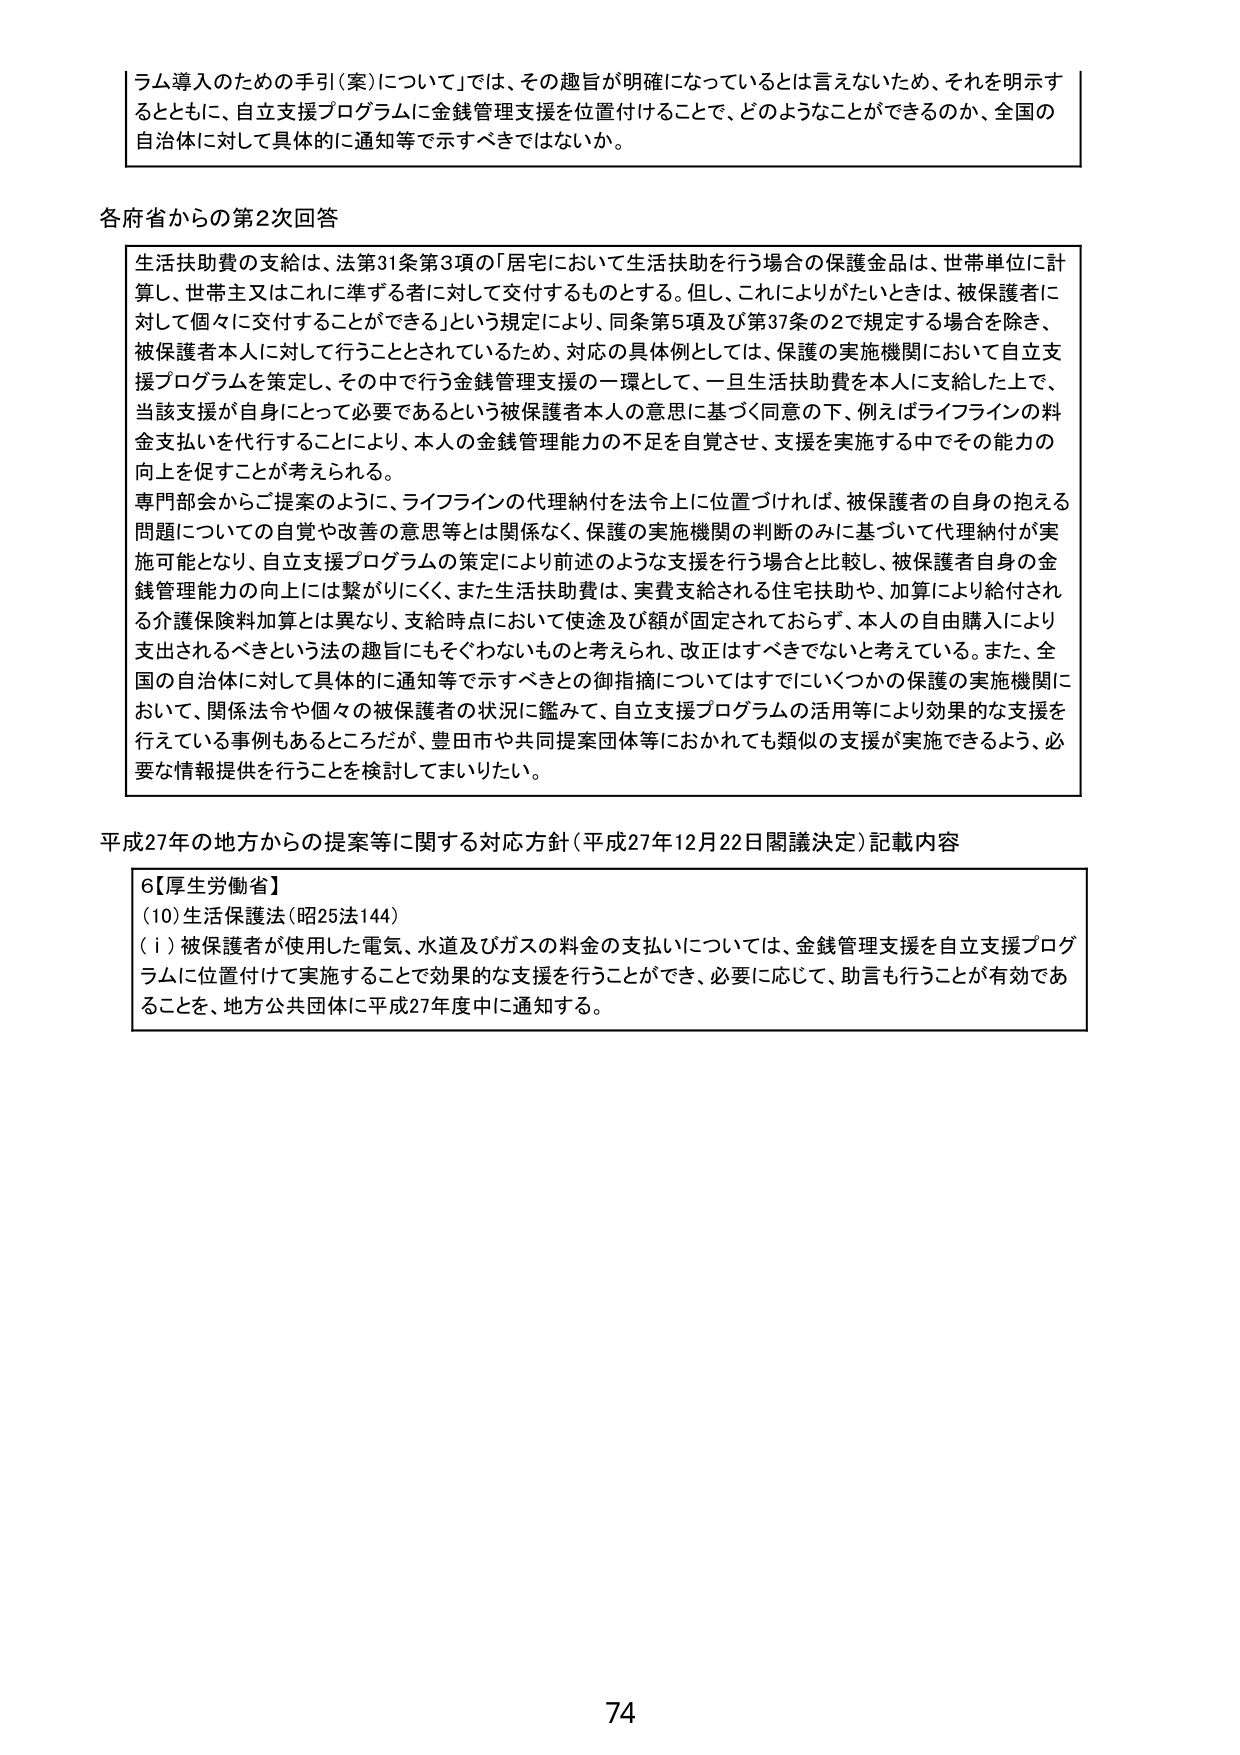
ラム導入のための手引（案）について」では、その趣旨が明確になっているとは言えないため、それを明示するとともに、自立支援プログラムに金銭管理支援を位置付けることで、どのようなことができるのか、全国の自治体に対して具体的に通知等で示すべきではないか。

各府省からの第2次回答

生活扶助費の支給は、法第31条第3項の「居宅において生活扶助を行う場合の保護金品は、世帯単位に計算し、世帯主又はこれに準ずる者に対して交付するものとする。但し、これによりがたいときは、被保護者に対して個々に交付することができる」という規定により、同条第5項及び第37条の2で規定する場合を除き、被保護者本人に対して行うこととされているため、対応の具体例としては、保護の実施機関において自立支援プログラムを策定し、その中で行う金銭管理支援の一環として、一旦生活扶助費を本人に支給した上で、当該支援が自身にとって必要であるという被保護者本人の意思に基づく同意の下、例えばライフラインの料金支払いを代行することにより、本人の金銭管理能力の不足を自覚させ、支援を実施する中でその能力の向上を促すことが考えられる。

専門部会からご提案のように、ライフラインの代理納付を法令上に位置づければ、被保護者の自身の抱える問題についての自覚や改善の意思等とは関係なく、保護の実施機関の判断のみに基づいて代理納付が実施可能となり、自立支援プログラムの策定により前述のような支援を行う場合と比較し、被保護者自身の金銭管理能力の向上には繋がりにくく、また生活扶助費は、実費支給される住宅扶助や、加算により給付される介護保険料加算とは異なり、支給時点において使途及び額が固定されておらず、本人の自由購入により支出されるべきという法の趣旨にもそぐわないものと考えられ、改正はすべきでないと考えている。また、全国の自治体に対して具体的に通知等で示すべきとの御指摘についてはすでにいくつかの保護の実施機関において、関係法令や個々の被保護者の状況に鑑みて、自立支援プログラムの活用等により効果的な支援を行っている事例もあるところだが、豊田市や共同提案団体等におかれても数似の支援が実施できるよう、必要な情報提供を行うことを検討してまいりたい。

平成27年の地方からの提案等に関する対応方針（平成27年12月22日閣議決定）記載内容

6【厚生労働省】
(10) 生活保護法（昭25法144）
(ⅰ) 被保護者が使用した電気、水道及びガスの料金の支払いについては、金銭管理支援を自立支援プログラムに位置付けて実施することで効果的な支援を行うことができ、必要に応じて、助言を行うことが有効であることを、地方公共団体に平成27年度中に通知する。

74